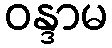
ဝန္ဒာမ